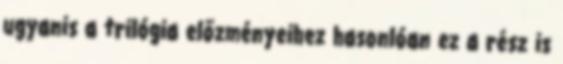
ugyanis a trilógia előzményeihez hasonlóan ez a rész is